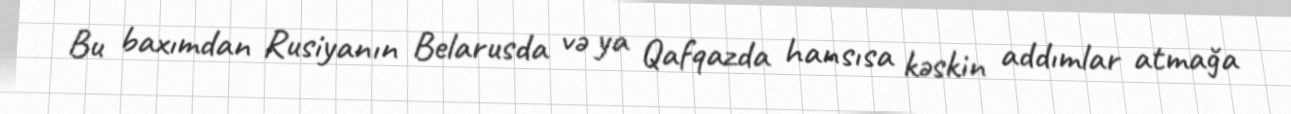
Bu baxımdan Rusiyanın Belarusda və ya Qafqazda hansısa kəskin addımlar atmağa